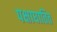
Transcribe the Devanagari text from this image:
पक्षाघातित